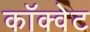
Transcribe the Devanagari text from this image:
कॉक्वेट